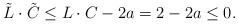
LaTeX: \begin{align*} \tilde L \cdot \tilde C \leq L \cdot C - 2a = 2 - 2a \leq 0.\end{align*}